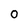
Character: 0